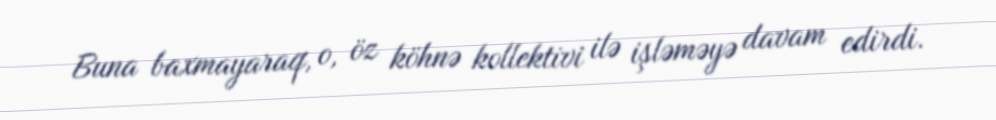
Buna baxmayaraq, o, öz köhnə kollektivi ilə işləməyə davam edirdi.